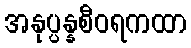
အနုပ္ပန္နစီဝရကထာ